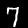
Digit: 7